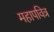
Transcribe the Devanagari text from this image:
महापवित्र